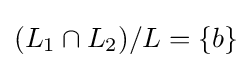
(L_{1}\cap L_{2})/L=\{b\}